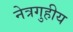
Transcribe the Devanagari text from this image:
नेत्रगुहीय